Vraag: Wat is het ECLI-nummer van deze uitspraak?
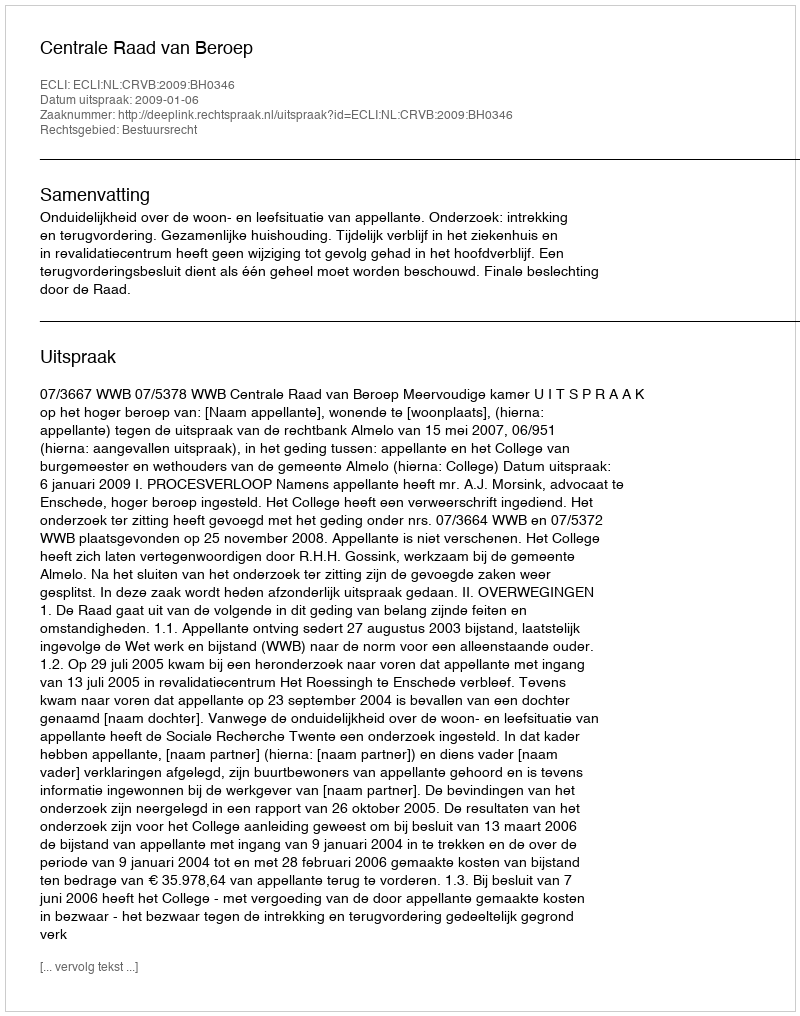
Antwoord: ECLI:NL:CRVB:2009:BH0346